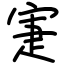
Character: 寁